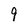
Character: 9